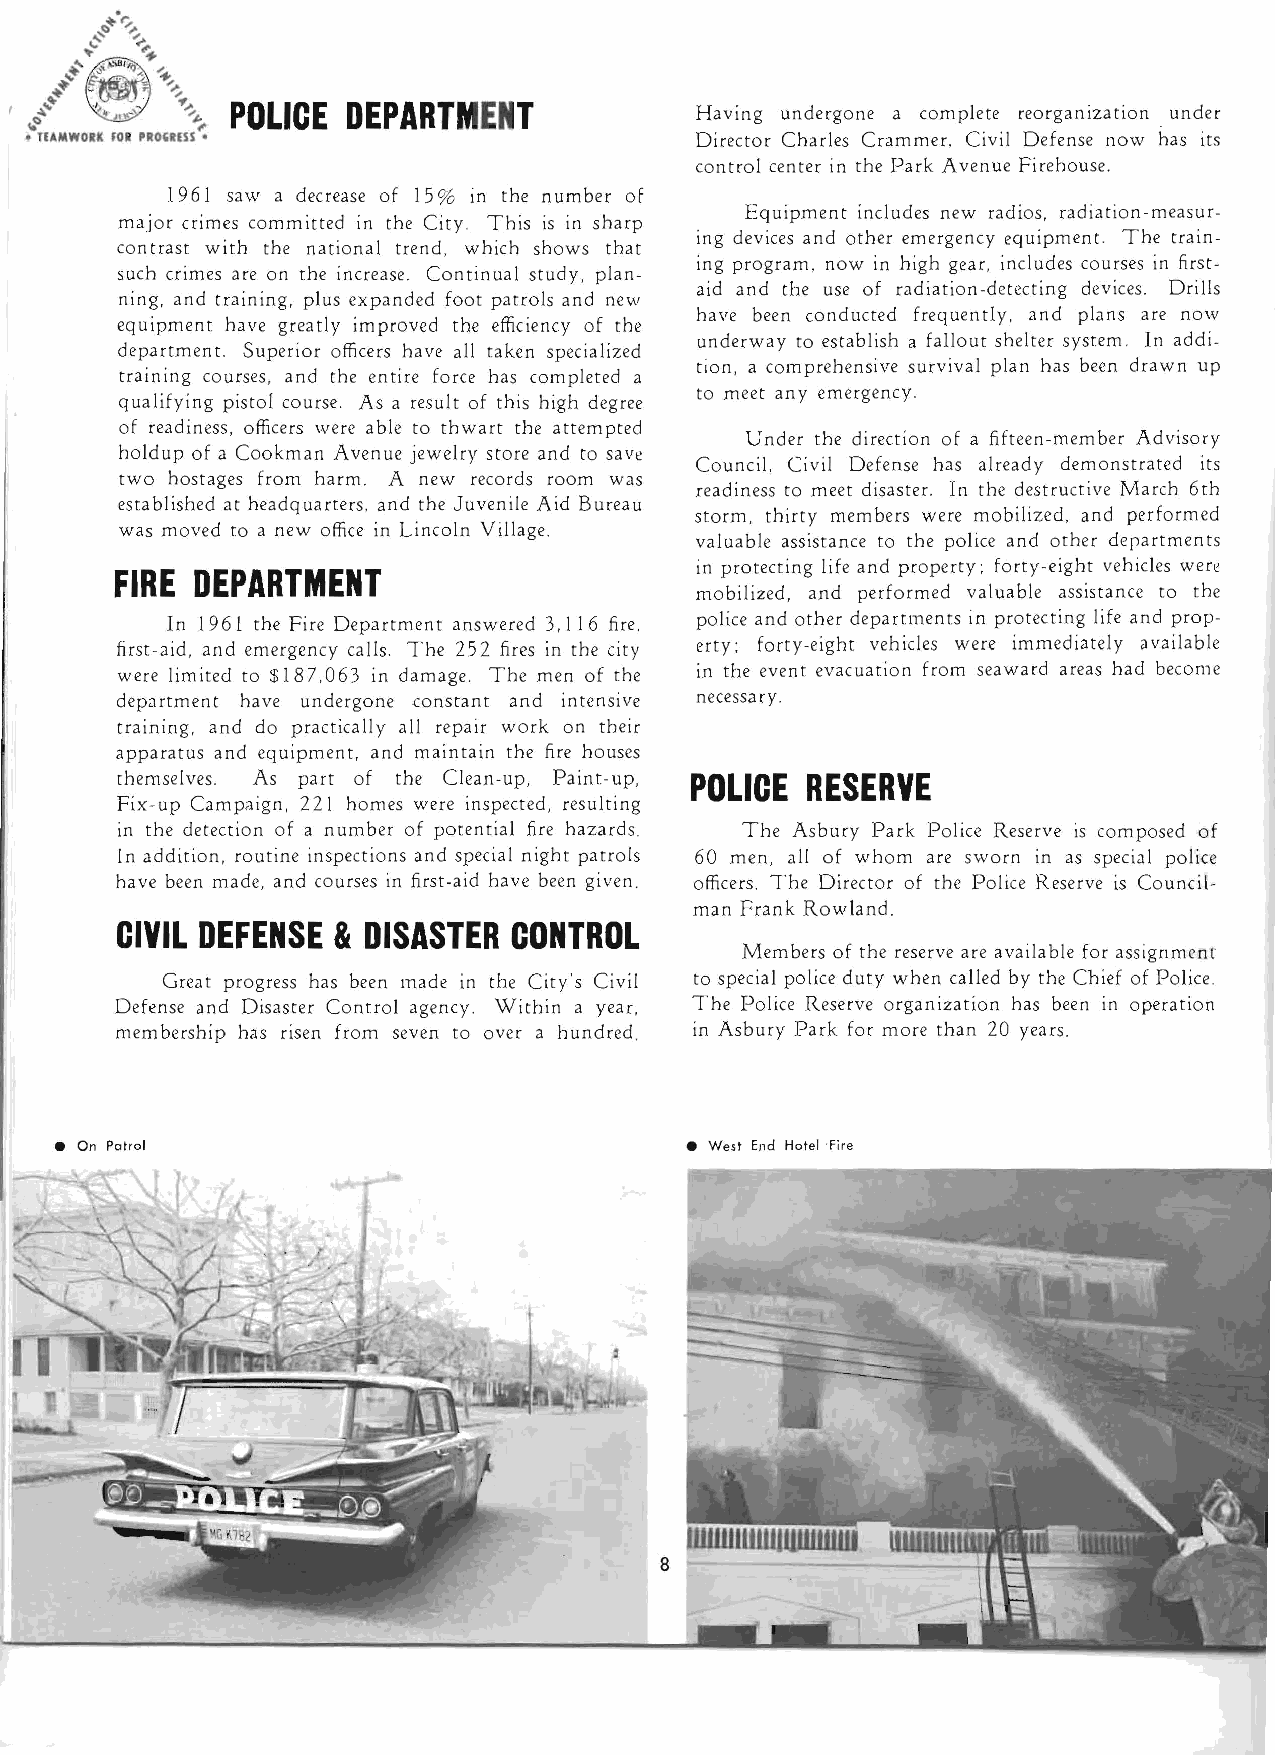
POLICE  DEPARTMENT             Having undergone a complete reorganization under
 Director Charles Crammer, Civil Defense now has its
 control center in the Park Avenue Firehouse.
 1961 saw a decrease of 15 % in the number o f
 Equipment includes new radios, radiation-measur­
 majo r crimes committed in the City. This is in sharp
 ing devices and other emergency equipment. The train­
 contrast with the national trend, which shows that
 ing program, now in high gear, includes courses in first­
 such crimes are on the increase. Continual study, plan­
 aid and the use of radiation-detecting devices. Drills
 ning, and training, plus expanded foot patrols and new
 have been conducted frequently, and plans are now
 equipment have greatly improved the efficiency of the
 underway to establish a fallout shelter system. In addi­
 departmen t. Superior officers have all taken specialized
 tion, a comprehensive survival plan has been drawn up
 training courses, and the entire force has completed a
 to meet any emergency.
 qualifying pistol course. As a result of this high degree
 of readiness, officers were able to thwart the attempted
 Under the direction of a fifteen-member Advisory
 holdup of a Cookman Avenue jewelry store and to save
 Council. Civil Defense has already demonstrated its
 two hostages from harm. A new records room was
 readiness to meet disaster. In the destructive March 6th
 established at headquarters, and the Juvenile Aid Bureau
 storm, thirty members were mobilized, and performed
 was moved to a new office in Lincoln Village.
 valuable assistance to the police and other departments
 in protecting life and property; fo rty-eight vehicles were
 FIRE DEPARTMENT
 mobil ized, and performed va I ua ble assistance to the
 In 1961 the Fire Department answered 3,116 fire, police and other departments in protecting life and prop­
 first-aid, and emergency calls. The 252 fires in the city erty ; forty-eight vehicles were immediately available
 were limited to $18 7,063 in damage. The men of the in the event evacuation from seaward areas had become
 depa rtmen t have undergone (onstant and in tensive necessa ry.
 training, and do practically all repair work on their
 apparatus and equipment, and maintain the fire houses
 themselves. As part of the Clean-up, Paint-up, POLICE RESERVE
 Fix-up Campaign, 221 h omes were inspected, resulting
 in the detection of a number of potential fire hazards. The Asbury Park Police Reserve is composed of
 In addition, routine inspections and special night patrols 60 men, all of whom are sworn in as special police
 have been made, and courses in first-aid have been given. officers. The Director of the Police Reserve is Council­
 man Frank Rowland.
 CIVIL DEFENSE & DISASTER  CONTROL
 Members of the reserve are available for assignment
 Great progress has been made in the City's Civil to special police duty when called by the Chief of Police.
 Defense and Disaster Control agency. Within a yeal. The Police Reserve organization has been in operation
 membership has risen from seven to over a hundred. in Asbury Park for more than 20 years.
 • On Patrol                              • West End Hotel 'Fire